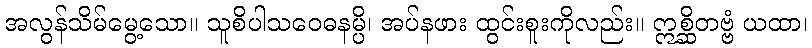
အလွန်သိမ်မွေ့သော။ သူစိပါသဝေဓနမ္ပိ၊ အပ်နဖား ထွင်းစူးကိုလည်း။ ဣစ္ဆိတဗ္ဗံ ယထာ၊